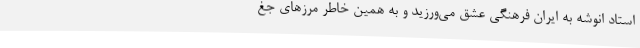
استاد انوشه به ایران فرهنگی عشق می‌ورزید و به همین خاطر مرزهای جغ